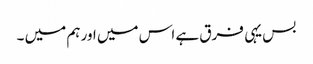
بس یہی فرق ہے اس میں اور ہم میں ۔